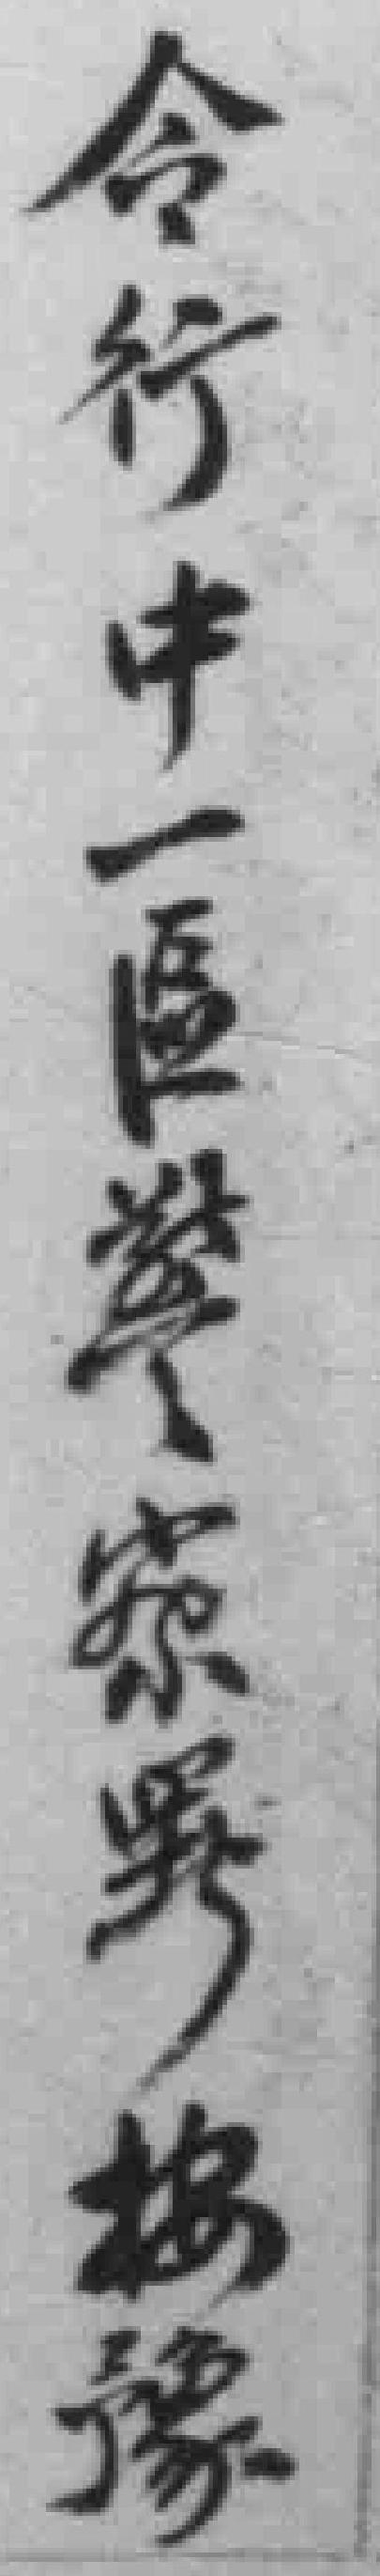
令行中一區警察異按豫